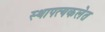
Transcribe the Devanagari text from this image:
स्थापत्यकलेत